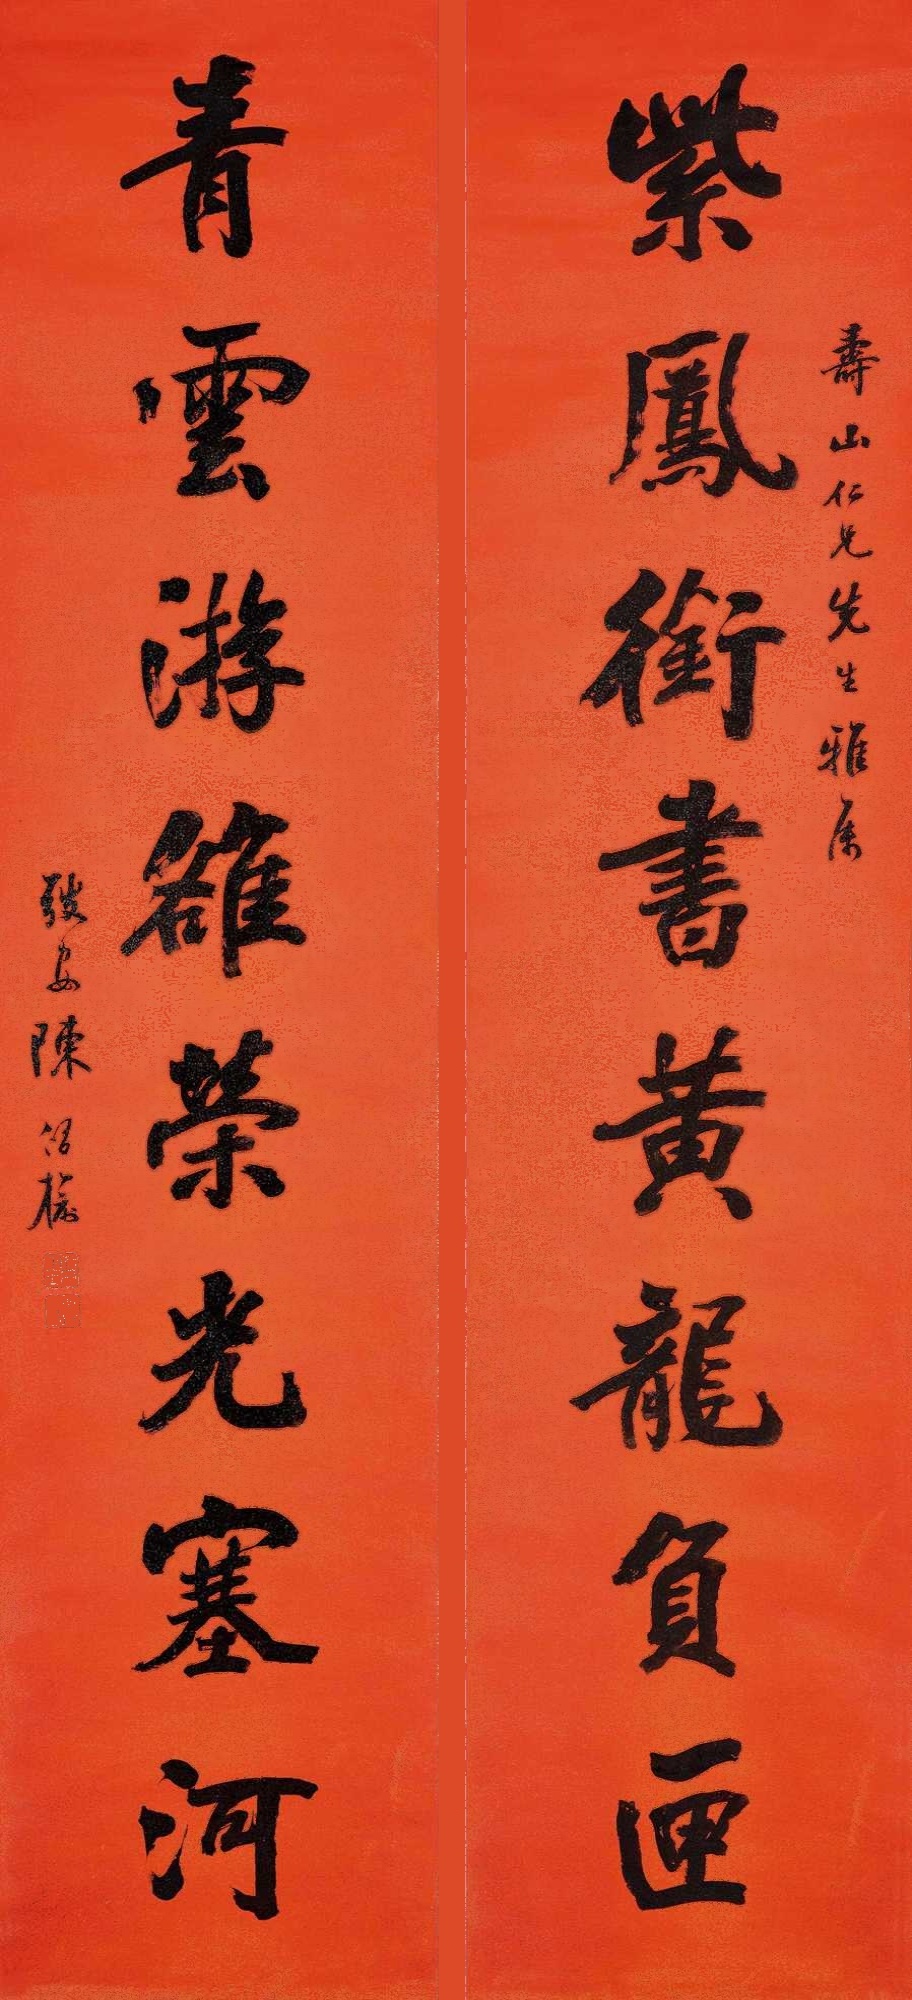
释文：紫凤衔书黄龙负匣，青云游雒荣光塞河。寿山仁兄先生雅属，弢安陈修榆。